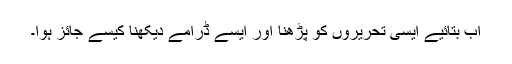
اب بتائیے ایسی تحریروں کو پڑھنا اور ایسے ڈرامے دیکھنا کیسے جائز ہوا۔